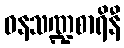
ဝနသဏ္ဍစာရိနီ